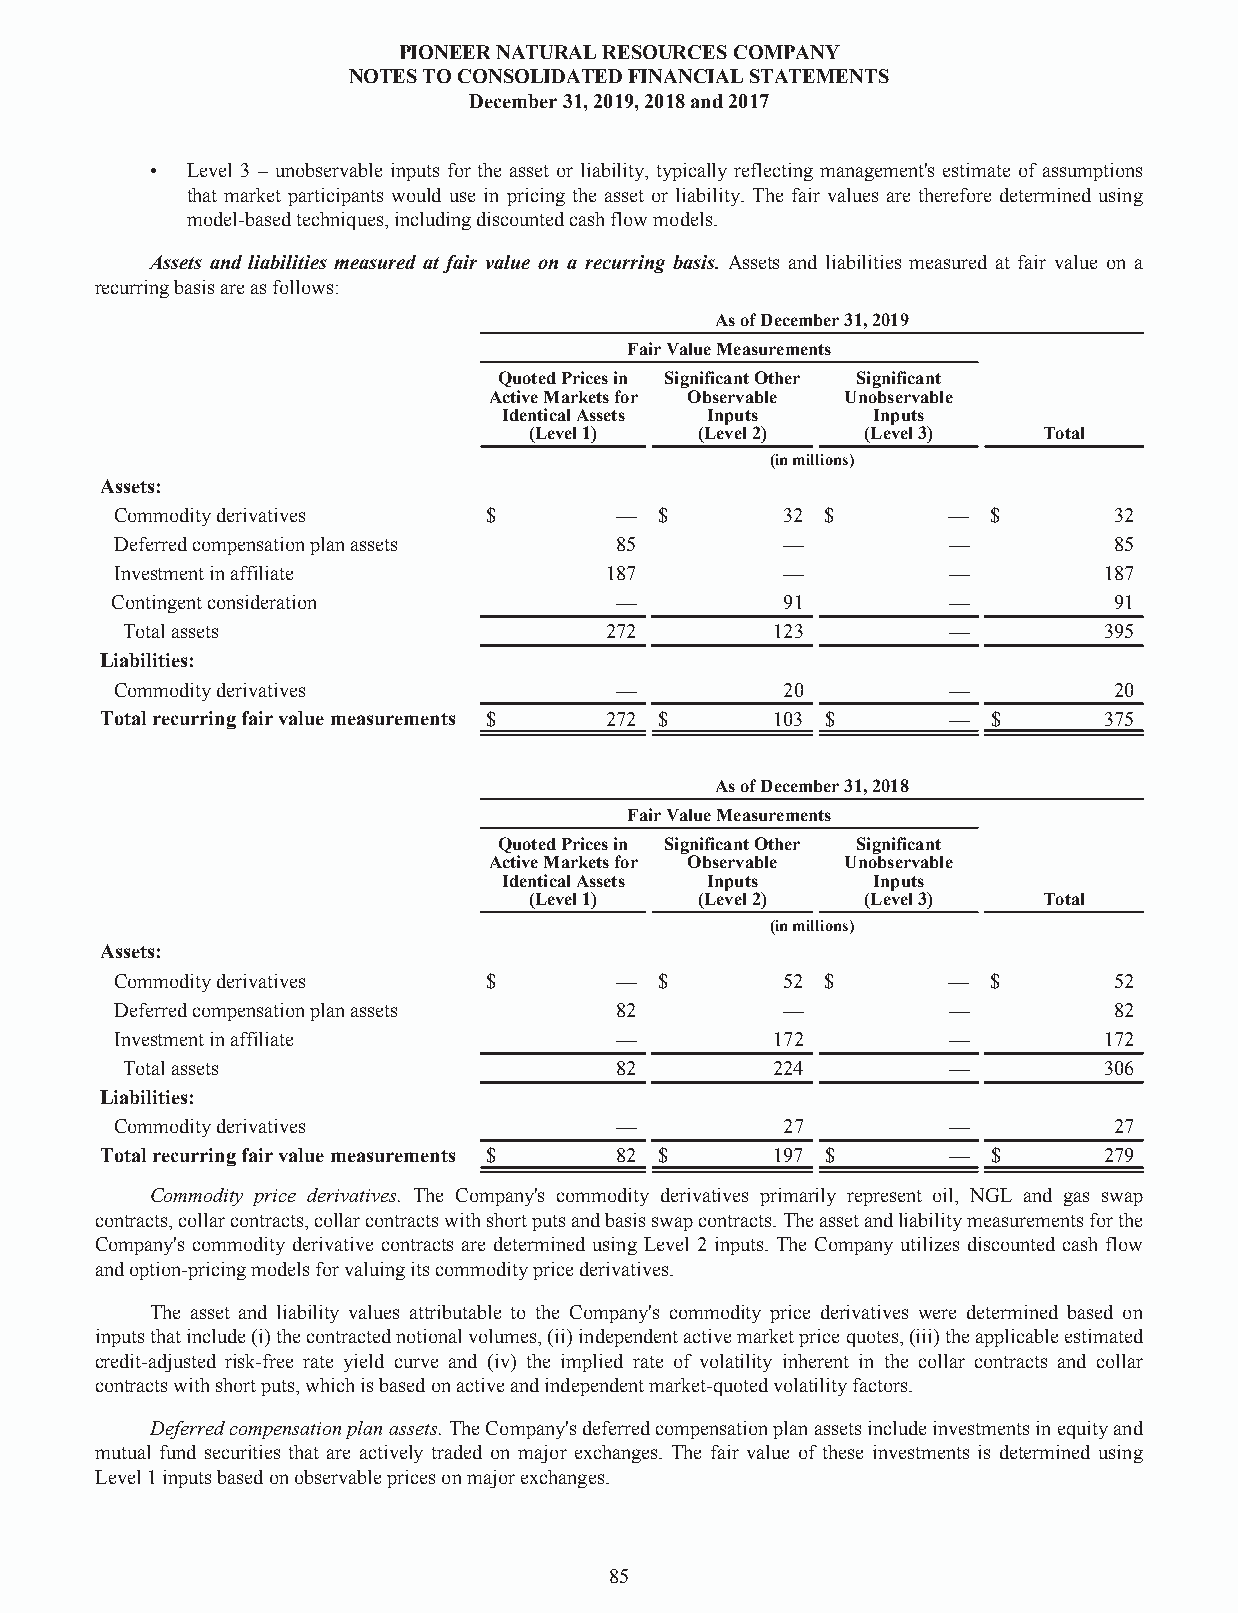
PIONEERNATURALRESOURCESCOMPANY
 NOTESTOCONSOLIDATEDFINANCIALSTATEMENTS
 December31,2019,2018and2017
 • Level 3 – unobservable inputs for the asset or liability, typically reflecting management's estimate of assumptions
 that market participants would use in pricing the asset or liability. The fair values are therefore determined using
 model-basedtechniques,includingdiscountedcashflowmodels.
 Assets and liabilities measured at fair value on a recurring basis. Assets and liabilities measured at fair value on a
 recurringbasisareasfollows:
 AsofDecember31,2019
 FairValueMeasurements
 QuotedPricesin SignificantOther Significant
 ActiveMarketsfor Observable Unobservable
 IdenticalAssets Inputs   Inputs
 (Level1)   (Level2)   (Level3)    Total
 (inmillions)
 Assets:
 Commodityderivatives    $        —  $       32 $       —  $       32
 Deferredcompensationplanassets   85         —          —          85
 Investmentinaffiliate           187         —          —         187
 Contingentconsideration           —          91         —          91
 Totalassets                     272        123         —         395
 Liabilities:
 Commodityderivatives             —          20         —          20
 Totalrecurringfairvaluemeasurements $ 272 $ 103 $       —  $      375
 AsofDecember31,2018
 FairValueMeasurements
 QuotedPricesin SignificantOther Significant
 ActiveMarketsfor Observable Unobservable
 IdenticalAssets Inputs   Inputs
 (Level1)   (Level2)   (Level3)    Total
 (inmillions)
 Assets:
 Commodityderivatives    $        —  $       52 $       —  $       52
 Deferredcompensationplanassets   82         —          —          82
 Investmentinaffiliate            —         172         —         172
 Totalassets                      82        224         —         306
 Liabilities:
 Commodityderivatives             —          27         —          27
 Totalrecurringfairvaluemeasurements $ 82 $  197 $       —  $      279
 Commodity price derivatives. The Company's commodity derivatives primarily represent oil, NGL and gas swap
 contracts,collarcontracts,collarcontractswithshortputsandbasisswapcontracts.Theassetandliabilitymeasurementsforthe
 Company's commodity derivative contracts are determined using Level 2 inputs. The Company utilizes discounted cash flow
 andoption-pricingmodelsforvaluingitscommoditypricederivatives.
 The asset and liability values attributable to the Company's commodity price derivatives were determined based on
 inputsthatinclude(i)thecontractednotionalvolumes,(ii)independentactivemarketpricequotes,(iii)theapplicableestimated
 credit-adjusted risk-free rate yield curve and (iv) the implied rate of volatility inherent in the collar contracts and collar
 contractswithshortputs,whichisbasedonactiveandindependentmarket-quotedvolatilityfactors.
 Deferredcompensationplanassets.TheCompany'sdeferredcompensationplanassetsincludeinvestmentsinequityand
 mutual fund securities that are actively traded on major exchanges. The fair value of these investments is determined using
 Level1inputsbasedonobservablepricesonmajorexchanges.
 85